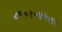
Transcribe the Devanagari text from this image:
८९०१०४२५९५